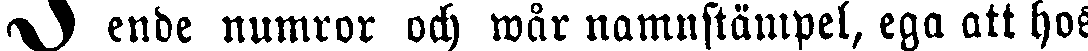
ende numror och wår namnstämpel, ega att hos